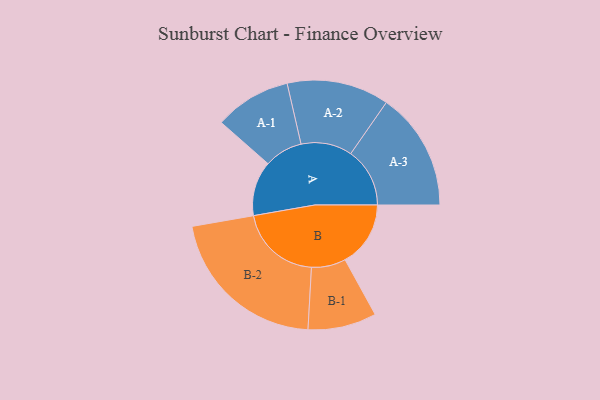
{"axis": {"x": "Segment", "y": "Value"}, "legend": ["", "A", "B"], "data": [{"x": "A", "y": 179, "type": ""}, {"x": "B", "y": 214, "type": ""}, {"x": "A-1", "y": 125, "type": "A"}, {"x": "A-2", "y": 167, "type": "A"}, {"x": "A-3", "y": 193, "type": "A"}, {"x": "B-1", "y": 112, "type": "B"}, {"x": "B-2", "y": 269, "type": "B"}]}